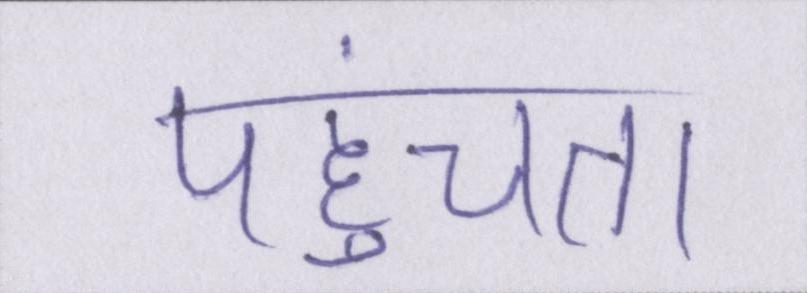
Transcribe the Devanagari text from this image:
पहुंचता